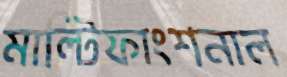
মাল্টিফাংশনাল